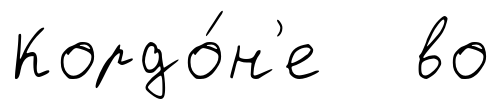
Кордо́н'е во